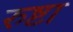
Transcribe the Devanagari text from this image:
रुष्टा